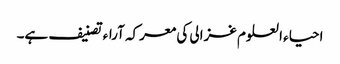
احیاء العلوم غزالی کی معرکہ آراء تصنیف ہے۔